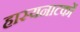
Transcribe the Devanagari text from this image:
हास्यनाटकों